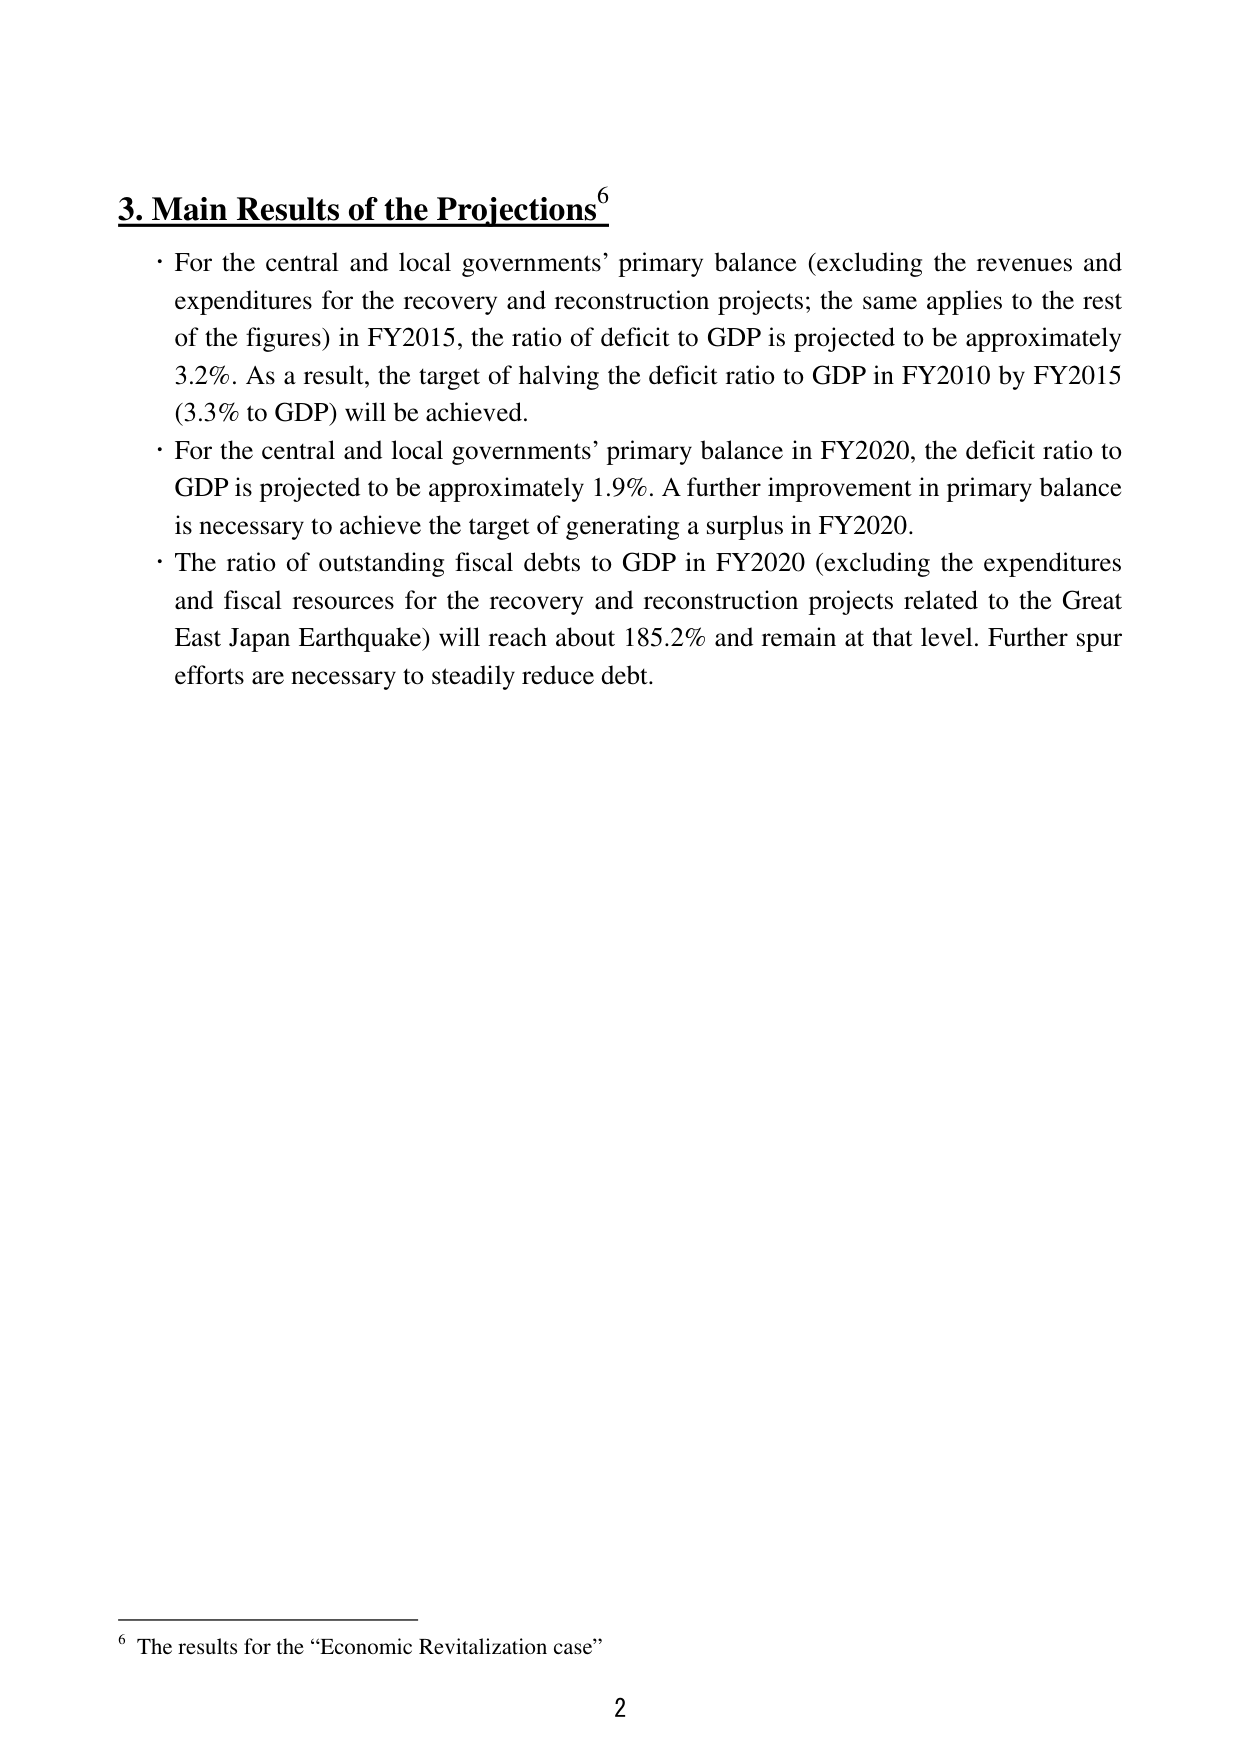
3. Main Results of the Projections⁶

• For the central and local governments’ primary balance (excluding the revenues and expenditures for the recovery and reconstruction projects; the same applies to the rest of the figures) in FY2015, the ratio of deficit to GDP is projected to be approximately 3.2%. As a result, the target of halving the deficit ratio to GDP in FY2010 by FY2015 (3.3% to GDP) will be achieved.

• For the central and local governments’ primary balance in FY2020, the deficit ratio to GDP is projected to be approximately 1.9%. A further improvement in primary balance is necessary to achieve the target of generating a surplus in FY2020.

• The ratio of outstanding fiscal debts to GDP in FY2020 (excluding the expenditures and fiscal resources for the recovery and reconstruction projects related to the Great East Japan Earthquake) will reach about 185.2% and remain at that level. Further spur efforts are necessary to steadily reduce debt.

⁶ The results for the “Economic Revitalization case”

2